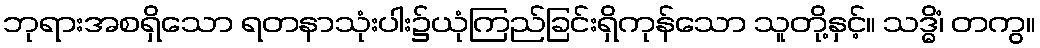
ဘုရားအစရှိသော ရတနာသုံးပါး၌ယုံကြည်ခြင်းရှိကုန်သော သူတို့နှင့်။ သဒ္ဓိံ၊ တကွ။